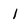
Character: 1